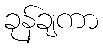
ခုန်ချကာ